Civil Veterinary Department. Madras. Admin. report 1926-33 - 1926-1933
Year: 1926
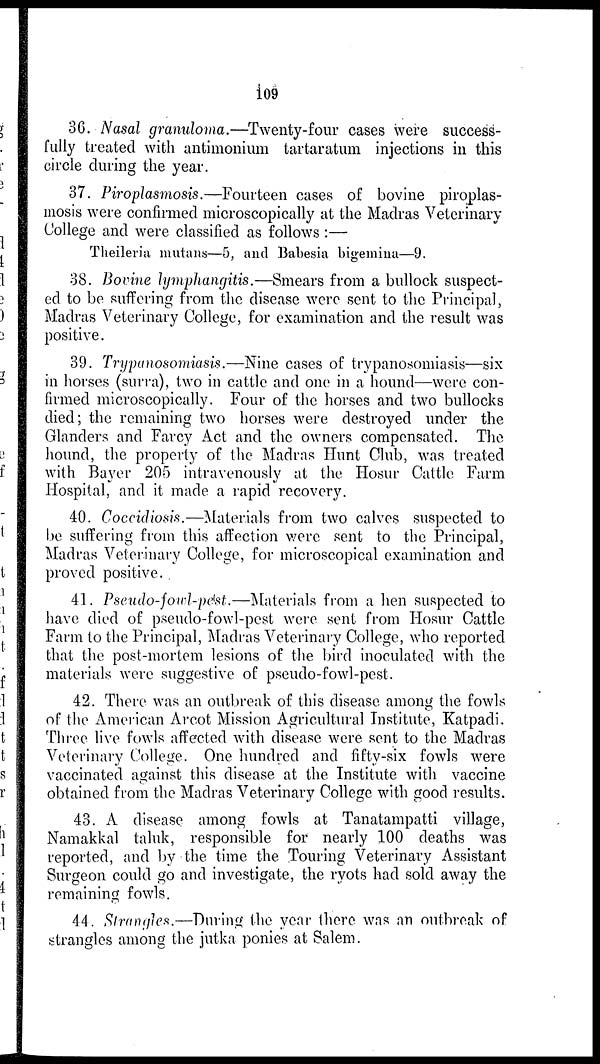
109
36. Nasal granuloma.—Twenty-four cases were success-
fully treated with antimonium tartaratum injections in this
circle during the year.
37. Piroplasmosis.—Fourteen cases of bovine piroplas-
mosis were confirmed microscopically at the Madras Veterinary
College and were classified as follows :—
Theileria mutans—5, and Babesia bigemina—9.
38. Bovine lymphangitis.—Smears from a bullock suspect-
ed to be suffering from the disease were sent to the Principal,
Madras Veterinary College, for examination and the result was
positive.
39. Trypanosomiasis.—Nine cases of trypanosomiasis—six
in horses (surra), two in cattle and one in a hound—were con-
firmed microscopically. Four of the horses and two bullocks
died; the remaining two horses were destroyed under the
Glanders and Farcy Act and the owners compensated. The
hound, the property of the Madras Hunt Club, was treated
with Bayer 205 intravenously at the Hosur Cattle Farm
Hospital, and it made a rapid recovery.
40. Coccidiosis.—Materials from two calves suspected to
be suffering from this affection were sent to the Principal,
Madras Veterinary College, for microscopical examination and
proved positive.
41. Pseudo-fowl-pest.—Materials from a hen suspected to
have died of pseudo-fowl-pest were sent from Hosur Cattle
Farm to the Principal, Madras Veterinary College, who reported
that the post-mortem lesions of the bird inoculated with the
materials were suggestive of pseudo-fowl-pest.
42. There was an outbreak of this disease among the fowls
of the American Arcot Mission Agricultural Institute, Katpadi.
Three live fowls affected with disease were sent to the Madras
Veterinary College. One hundred and fifty-six fowls were
vaccinated against this disease at the Institute with vaccine
obtained from the Madras Veterinary College with good results.
43. A disease among fowls at Tanatampatti village,
Namakkal taluk, responsible for nearly 100 deaths was
reported, and by the time the Touring Veterinary Assistant
Surgeon could go and investigate, the ryots had sold away the
remaining fowls.
44. Strangles.—During the year there was an outbreak of
strangles among the jutka ponies at Salem.